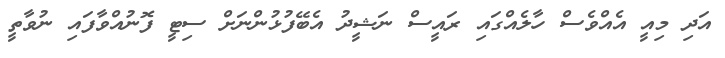
އަދި މިއީ އެއްވެސް ހާލެއްގައި ރައީސް ނަޝީދު އެބޭފުޅުންނަށް ސިޓީ ފޮނުއްވާފައި ނުވާތީ